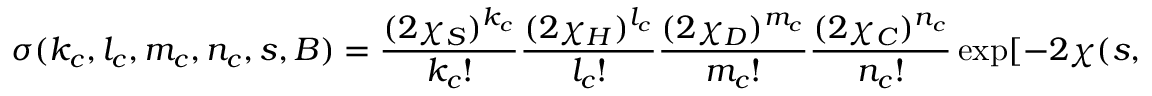
\sigma ( k _ { c } , l _ { c } , m _ { c } , n _ { c } , s , B ) = \frac { ( 2 \chi _ { S } ) ^ { k _ { c } } } { k _ { c } ! } \frac { ( 2 \chi _ { H } ) ^ { l _ { c } } } { l _ { c } ! } \frac { ( 2 \chi _ { D } ) ^ { m _ { c } } } { m _ { c } ! } \frac { ( 2 \chi _ { C } ) ^ { n _ { c } } } { n _ { c } ! } \exp [ - 2 \chi ( s , B ) ]